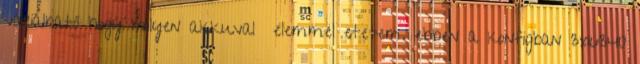
variálható hogy milyen akkuval elemmel etetem. ebben a konfigban 3x16340